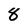
Character: 8